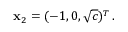
\mathbf { x } _ { 2 } = ( - 1 , 0 , \sqrt { c } ) ^ { T } \, .